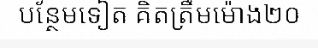
បន្ថែមទៀត គិតត្រឹមម៉ោង២០